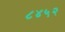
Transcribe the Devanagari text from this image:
८४५२